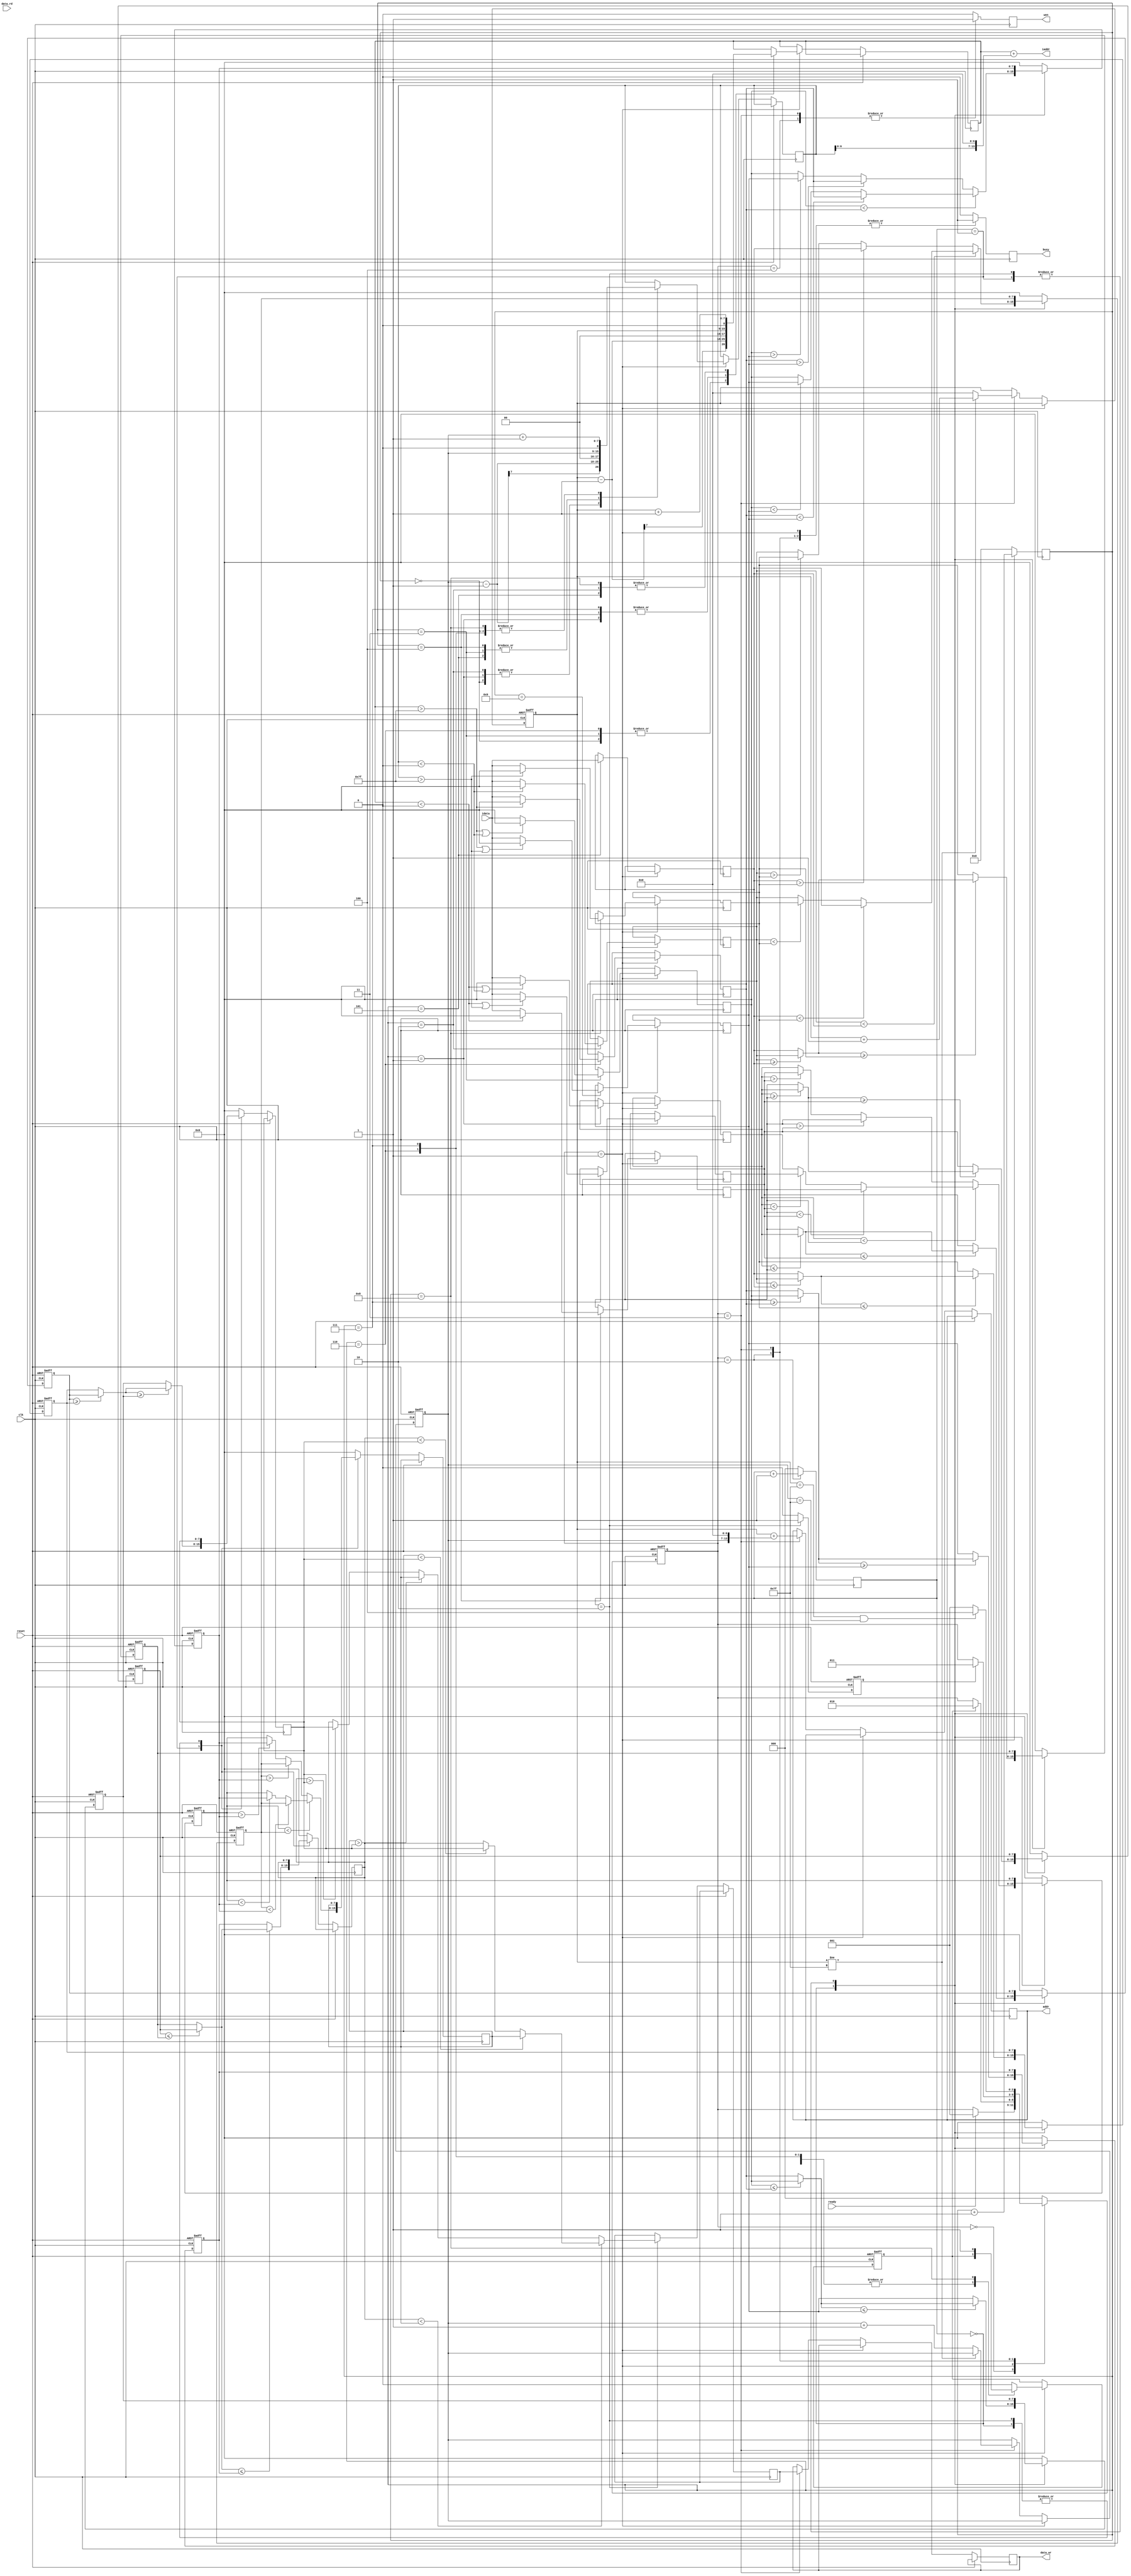

`timescale 1ns/10ps

module MFE(clk,reset,busy,ready,iaddr,idata,data_rd,data_wr,addr,wen);
	input				clk;
	input				reset;
	output reg 			busy;	
	input				ready;	
	output	[13:0]		iaddr;
	input	[7:0]		idata;	
	input	[7:0]		data_rd;
	output reg  [7:0]	data_wr;
	output reg	[13:0]	addr;
	output	reg			wen;
	
	parameter [3:0] S0 = 4'd0,
					S1 = 4'd1,
					S2 = 4'd2,
					S3 = 4'd3,
					S4 = 4'd4;

	reg [2:0] curr_state, next_state;
	reg [3:0] read_counter;
	reg [8:0] tmp_data [7:0];
	reg [6:0] row_counter, column_counter;
	reg signed [8:0] x, y;
	reg [7:0] S [0:8];
	reg [7:0] X [0:8];
	reg [7:0] Y [0:2];
	reg [7:0] Z;
	reg [2:0] sort_count;
	reg sort_complete;
	reg read_9_pattern;

	//state register
	always @(posedge clk or posedge reset) begin
		if (reset) begin
			curr_state <= S0;
		end
		else begin
			curr_state <= next_state;
		end
	end

	//next state logic
	always @(*) begin
		case (curr_state)
			S0: begin
				if (ready) 
					next_state = S1; 
				else 
					next_state = curr_state;
			end 
			S1: begin // filter value
				if (read_9_pattern == 1) 
					next_state = S2;
				else 
					next_state = curr_state;
			end
			S2: begin // sorting
				if (sort_complete == 1) 
					next_state = S3;
				else
					next_state = curr_state;
			end
			S3: begin // write median back and col+1
				if (column_counter == 7'd127 && row_counter == 7'd127) begin
					next_state = S4;
				end
				else begin
					next_state = S1;
				end
			end
			S4: begin
				next_state = S0;
			end
			default: begin
				next_state = S0;
			end
		endcase
	end

	//control signal
	always @(posedge clk) begin
		case (curr_state)
			S0: begin
				busy <= 0; 
				sort_count <= 3'd0;
				wen <= 0;
				read_counter <= 4'd0;
			end 
			S1: begin // filter value
				busy <= 1;
				sort_count <= 3'd0;
				wen <= 0;
				read_counter <= read_counter + 4'd1;
			end
			S2: begin // sorting 
				busy <= 1;
				sort_count <= sort_count + 3'd1;
				wen <= 0;
				read_counter <= 4'd0;
			end
			S3: begin // write median back and col+1
				busy <= 1;
				sort_count <= 3'd0;
				wen <= 1;
				read_counter <= 4'd0;
			end
			S4: begin
				busy <= 0;
				sort_count <= 3'd0;
				wen <= 1;
				read_counter <= 4'd0;
			end
			default: begin
				busy <= 0; 
				sort_count <= 3'd0;
				wen <= 0;
				read_counter <= 4'd0;
			end
		endcase
	end

	//calculate coordinate
	always @(posedge clk or posedge reset) begin
		if (reset) begin
			column_counter <= 7'd0;
			row_counter <= 7'd0;
			read_9_pattern <= 0;
		end
		else begin
			if (curr_state == S1) begin
				case (read_counter)
					4'd0: begin
						x <= column_counter-7'd1;
						y <= row_counter-7'd1;
					end
					4'd1: begin
						x <= column_counter;
						y <= row_counter-7'd1;
					end
					4'd2: begin
						x <= column_counter+7'd1;
						y <= row_counter-7'd1;
					end
					4'd3: begin
						x <= column_counter-7'd1;
						y <= row_counter;
					end
					4'd4: begin
						x <= column_counter;
						y <= row_counter;
					end
					4'd5: begin
						x <= column_counter+7'd1;
						y <= row_counter; 
					end
					4'd6: begin
						x <= column_counter-7'd1;
						y <= row_counter+7'd1;
					end
					4'd7: begin
						x <= column_counter;
						y <= row_counter+7'd1;
					end
					4'd8: begin
						x <= column_counter+7'd1;
						y <= row_counter+7'd1;
						read_9_pattern <= 1'd1;
					end
					default: begin
						x <= x;
						y <= y;
						read_9_pattern <= 1'd0;
					end
				endcase
			end
			else if (curr_state == S3) begin
				data_wr <= Z;
				addr <= column_counter + {row_counter, 7'd0};
				if (column_counter != 7'd127) begin
					column_counter <= column_counter + 7'd1;
					row_counter <= row_counter;
				end
				else begin
					column_counter <= 7'd0;
					row_counter <= row_counter + 7'd1;
				end
			end
			else begin
				x <= x;
				y <= y;
				column_counter <= column_counter;
				row_counter <= row_counter;
				data_wr <= data_wr;
				addr <= addr;
			end
		end
	end

	//9 filter value
	assign iaddr = x + {y, 7'd0};
	always @(posedge clk) begin
		if (curr_state == S1) begin
				case (read_counter)
				4'd1: begin
					if (x<0 || y<0)
						S[0] = 8'd0;
					else 
						S[0] = idata;
				end 
				4'd2: begin
					if (y<0)
						S[1]= 8'd0;
					else
						S[1] = idata;
				end
				4'd3: begin
					if (x>127 || y<0)
						S[2] = 8'd0;
					else 
						S[2] = idata;
				end
				4'd4: begin
					if (x<0)
						S[3] = 8'd0;
					else 
						S[3] = idata;
				end
				4'd5: S[4] <= idata;
				4'd6: begin
					if (x>127)
						S[5] = 8'd0;
					else
						S[5] = idata;
				end
				4'd7: begin
					if (x<0 || y>127)
						S[6] = 8'd0;
					else 
						S[6] = idata;
				end
				4'd8: begin
					if (y>127)
						S[7] = 8'd0;
					else 
						S[7] = idata;
				end
				4'd9: begin
					if (x>127 || y>127)
						S[8] = 8'd0;
					else 
						S[8] = idata;
				end	
				default: begin
					S[0] <= S[0]; S[1] <= S[1]; S[2] <= S[2];
					S[3] <= S[3]; S[4] <= S[4]; S[5] <= S[5];
					S[6] <= S[6]; S[7] <= S[7]; S[8] <= S[8];
				end
			endcase
		end	
	end


	always @(posedge clk or posedge reset) begin
		if (reset) begin
			X[0] <= 8'd0; X[1] <= 8'd0; X[2] <= 8'd0;
			X[3] <= 8'd0; X[4] <= 8'd0; X[5] <= 8'd0;
			X[6] <= 8'd0; X[7] <= 8'd0; X[8] <= 8'd0;
			sort_complete = 0;
		end
		else begin
			case (sort_count)
				3'd0:  begin
					X[0] <= max(S[0], S[3], S[6]); 
					X[1] <= max(S[1], S[4], S[7]); 
					X[2] <= max(S[2], S[5], S[8]);
					X[3] <= med(S[0], S[3], S[6]); 
					X[4] <= med(S[1], S[4], S[7]);
					X[5] <= med(S[2], S[5], S[8]);
					X[6] <= min(S[0], S[3], S[6]); 
					X[7] <= min(S[1], S[4], S[7]); 
					X[8] <= min(S[2], S[5], S[8]);
					sort_complete <= 0;
				end
				3'd1: begin
					Y[0] <= max(X[6], X[7], X[8]);
					Y[1] <= med(X[3], X[4], X[5]);
					Y[2] <= min(X[0], X[1], X[2]); 
					sort_complete <= 0;
				end
				3'd2: begin
					Z <= med(Y[2], Y[1], Y[0]);
					sort_complete <= 1;
				end
				default: begin
					X[0] <= 8'd0; X[1] <= 8'd0; X[2] <= 8'd0;
					X[3] <= 8'd0; X[4] <= 8'd0; X[5] <= 8'd0;
					X[6] <= 8'd0; X[7] <= 8'd0; X[8] <= 8'd0;
					Y[0] <= 8'd0; Y[1] <= 8'd0; Y[2] <= 8'd0;
					sort_complete <= 0;
					Z <= Z;
				end 
			endcase
			
		end
	end


	//*******************
	function [7:0] max;
		input [7:0] a, b, c;
		begin
			max = (((a >= b) ? a : b) >= c ) ?  ((a >= b) ? a : b) : c;
		end
	endfunction
 
	function [7:0] med;
		input [7:0] a, b, c;
		begin
			med = a < b ? (b < c ? b : a < c ? c : a) : (b > c ? b : a > c ? c : a);
		end
	endfunction
 
	function [7:0] min;
		input [7:0] a, b, c;
		begin
			min= (((a <= b) ? a : b) <= c ) ?  ((a <= b) ? a : b) : c;
		end
	endfunction
	//*************************************
endmodule